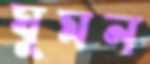
ঘুমন